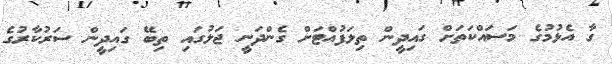
ގާ އެޅުމުގެ މަސައްކަތަށް ގައިދީން ތިލަފުއްޓަށް ގެންދަނީ ޖަލުގައި ތިބޭ ގައިދީން ސަރުކާރުގެ